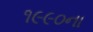
૧૯૯૦ના